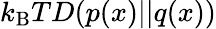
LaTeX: k_{\mathrm{B}}TD(p(x)||q(x))